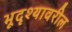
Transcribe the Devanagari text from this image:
भूदृश्यावरील